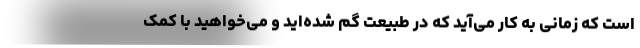
است که زمانی به کار می‌آید که در طبیعت گم شده‌اید و می‌خواهید با کمک